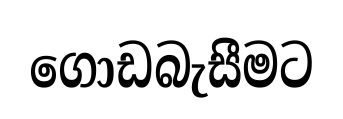
ගොඩබැසීමට